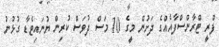
ފްރީ ޓްރާންސްފާއެއްގެ ދަށުން މީގެ 10 މަސް ދުވަސް ކުރިން ޔުނައިޓެޑާ ގުޅުނު